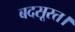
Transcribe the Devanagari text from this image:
बदसूरत।